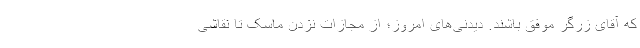
که آقای زرگر موفق باشند. دیدنی‌های امروز؛ از مجازات نزدن ماسک تا نقاشی